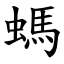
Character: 螞